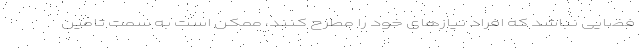
فضایی نباشد که افراد نیازهای خود را مطرح کنند، ممکن است به سمت تامین